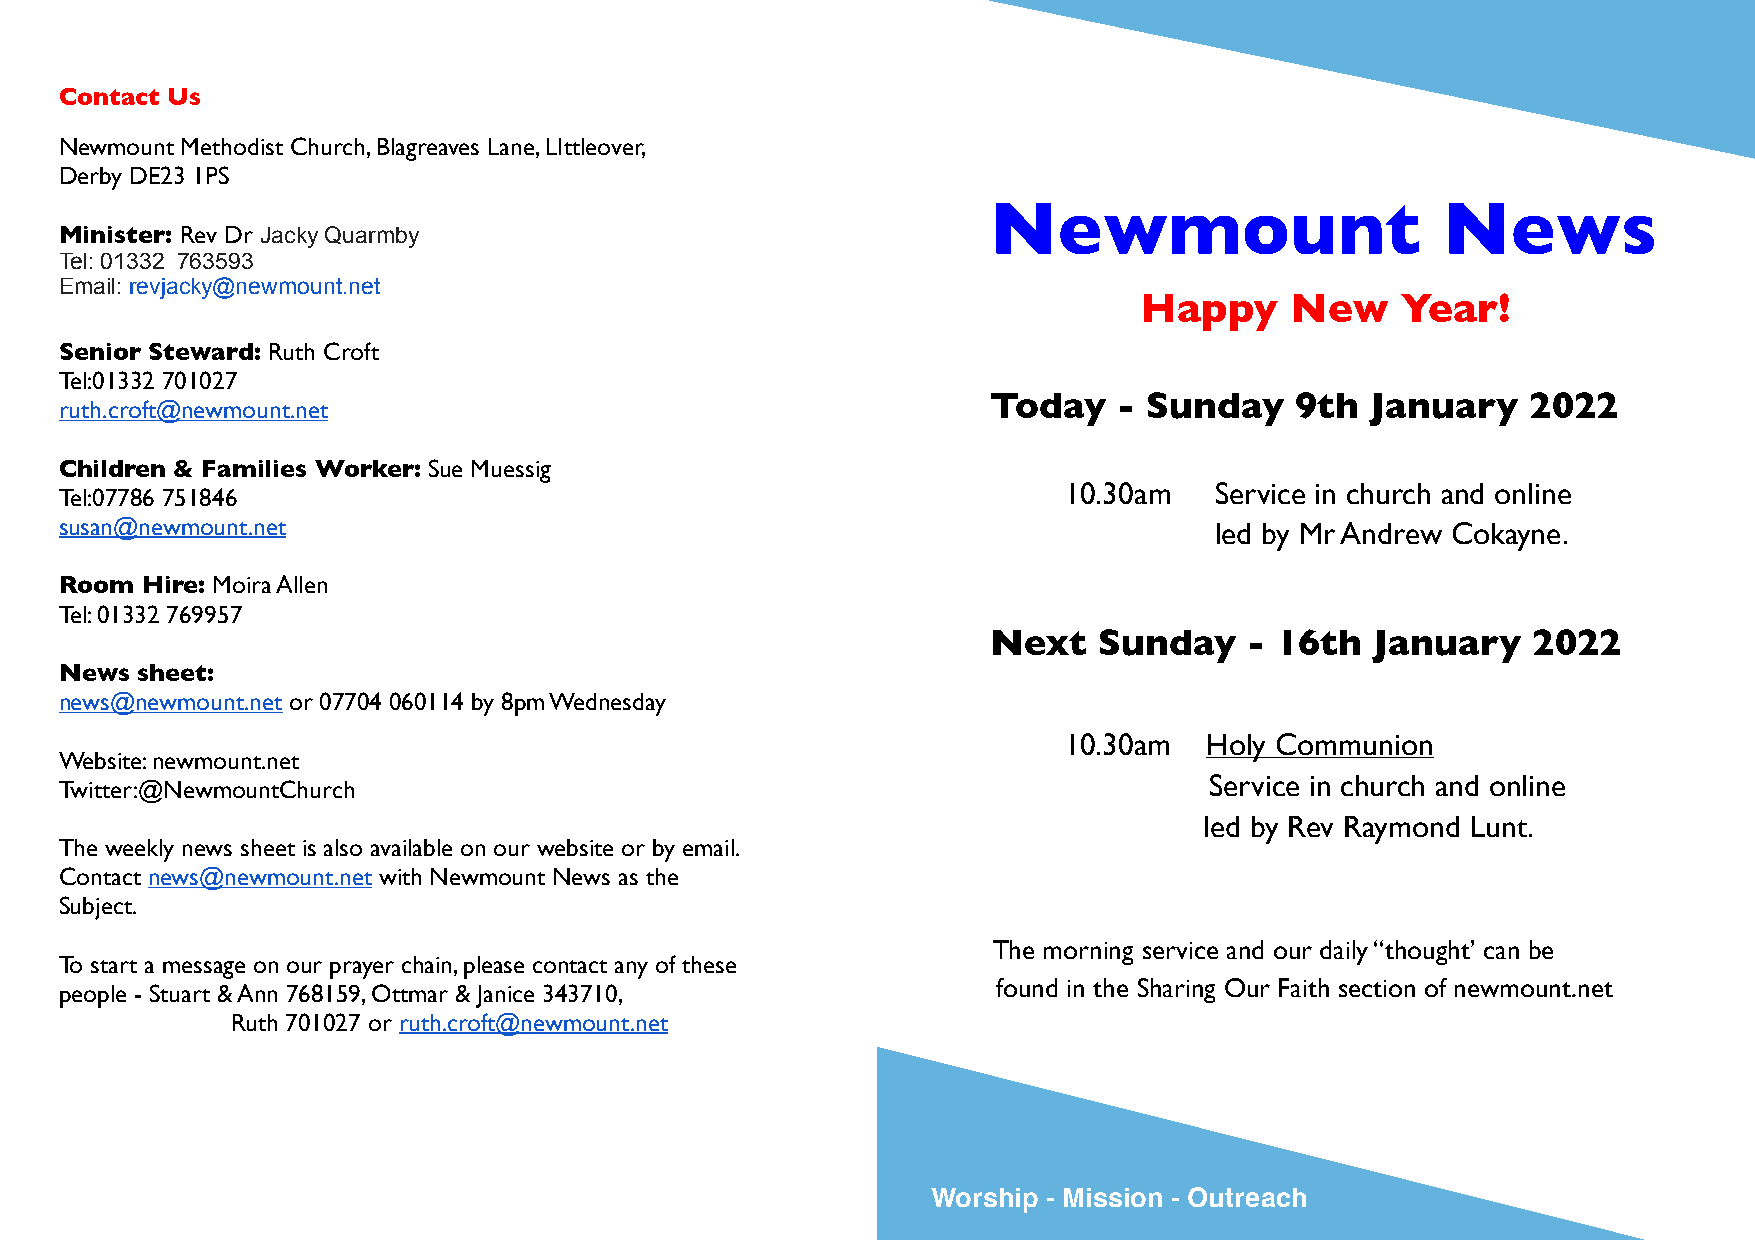
Contact Us
 Newmount Methodist Church, Blagreaves Lane, LIttleover,
 Derby DE23 1PS
 Newmount                     News
 Minister: Rev Dr Jacky Quarmby
 Tel: 01332 763593
 Email: revjacky@newmount.net
 Happy     New     Year!
 Senior Steward: Ruth Croft
 Tel:01332 701027
 Today   - Sunday    9th  January   2022
 ruth.croft@newmount.net
 Children & Families Worker: Sue Muessig
 10.30am   Service in church and online
 Tel:07786 751846
 susan@newmount.net                                                          led by Mr Andrew Cokayne.
 Room Hire: Moira Allen
 Tel: 01332 769957
 Next   Sunday    - 16th  January   2022
 News sheet:
 news@newmount.net or 07704 060114 by 8pm Wednesday
 10.30am   Holy Communion
 Website: newmount.net
 Service in church and online
 Twitter:@NewmountChurch
 led by Rev Raymond Lunt.
 The weekly news sheet is also available on our website or by email.
 Contact news@newmount.net with Newmount News as the
 Subject.
 The morning service and our daily “thought’ can be
 To start a message on our prayer chain, please contact any of these
 found in the Sharing Our Faith section of newmount.net
 people - Stuart & Ann 768159, Ottmar & Janice 343710,
 Ruth 701027 or ruth.croft@newmount.net
 Worship - Mission - Outreach